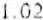
1.02